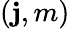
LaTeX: (\mathbf{j},m)